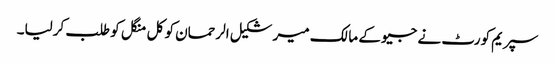
سپریم کورٹ نے جیو کے مالک میر شکیل الرحمان کو کل منگل کو طلب کرلیا۔